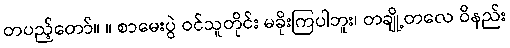
တပည့်တော်။ ။ စာမေးပွဲ ဝင်သူတိုင်း မခိုးကြပါဘူး၊ တချို့တလေ ဝိနည်း